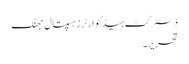
ڈسٹرکٹ ہیڈ کوارٹرزہسپتال جھنگ
تحریر۔